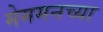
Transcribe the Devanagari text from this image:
मेममनच्या